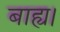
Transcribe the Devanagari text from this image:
बाह्य।